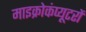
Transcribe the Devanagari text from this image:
माइक्रोकंप्यूटरों